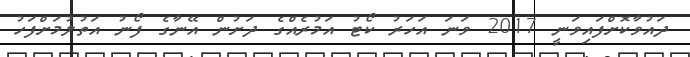
ދައުވާކޮށްފައިވަނީ 2017 ވަނަ އަހަރު ކޯޓު އަމުރެއްގެ ދަށުން އޭނާގެ ފޯނު އަތުލުމަށްފަހު